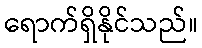
ရောက်ရှိနိုင်သည်။